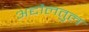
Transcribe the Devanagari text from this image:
अद्दौलतुल